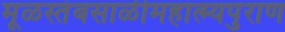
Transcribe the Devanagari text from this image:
मूळस्तंबसाळीमहात्म्यपुराण